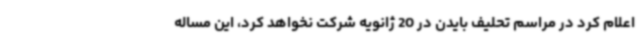
اعلام کرد در مراسم تحلیف بایدن در 20 ژانویه شرکت نخواهد کرد، این مساله